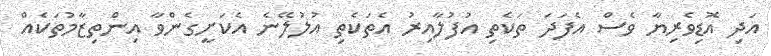
އަދި އޮޑިވެރިޔާ ވެސް އެފަދަ ތަކެތި އުފުލާއިރު އެތަކެތި އުލުލޭނެ އެކަށީގެންވާ އިންތިޒާމުތަކެއް